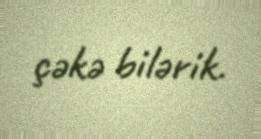
çəkə bilərik.